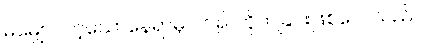
မမျှော်လင့်သောနေရာမှ ဝင်၍ တိုက်ခြင်းဖြစ်လေသည်။